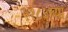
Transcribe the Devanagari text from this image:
११८३च्या